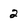
Character: 2